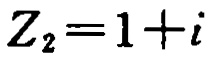
\(Z_{2}=1 + i\)